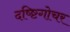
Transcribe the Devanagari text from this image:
दष्ष्टिगोचर